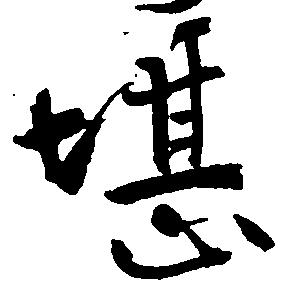
堪